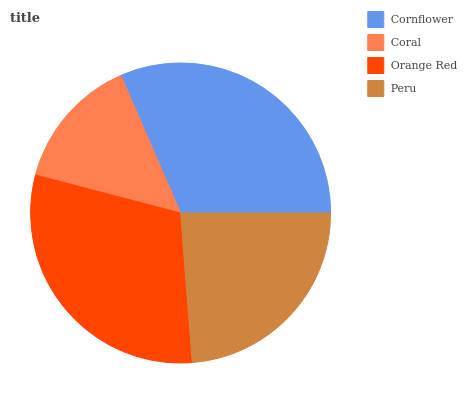
| Cornflower | Coral | Orange Red | Peru |
 | --- | --- | --- | --- |
 | 31.5% | 14.4% | 30.3% | 23.7% |